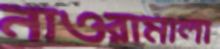
নাওরামালা